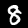
Digit: 8